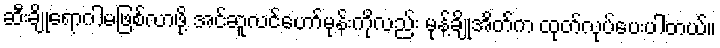
ဆီးချိုရောဂါမဖြစ်လာဖို့ အင်ဆူလင်ဟော်မုန်းကိုလည်း မုန့်ချိုအိတ်က ထုတ်လုပ်ပေးပါတယ်။